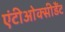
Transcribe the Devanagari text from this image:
एंटीओक्सीडैंट